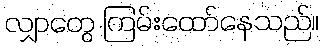
လျှာတွေ ကြမ်းထော်နေသည်။